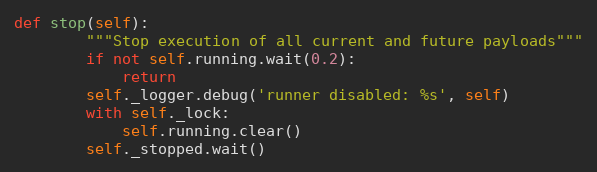
Language: Python
def stop(self):
        """Stop execution of all current and future payloads"""
        if not self.running.wait(0.2):
            return
        self._logger.debug('runner disabled: %s', self)
        with self._lock:
            self.running.clear()
        self._stopped.wait()